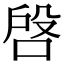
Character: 𠶳